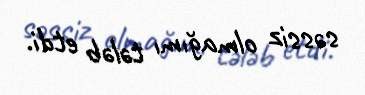
səssiz olmağımı tələb etdi.